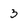
Character: 3